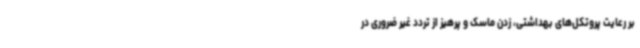
بر رعایت پروتکل‌های بهداشتی، زدن ماسک و پرهیز از تردد غیر ضروری در